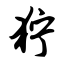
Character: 狞